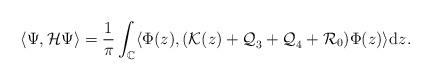
LaTeX: \begin{align*}\langle \Psi,\mathcal{H} \Psi\rangle = \frac{1}{\pi} \int_{\mathbb{C}} \langle \Phi(z),(\mathcal{K}(z) + \mathcal{Q}_3^{}+ \mathcal{Q}_4^{} + \mathcal{R}_0)\Phi(z)\rangle_{} \mathrm{d}z.\end{align*}